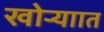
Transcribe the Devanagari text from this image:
खोऱ्याात